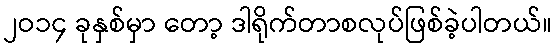
၂ဝ၁၄ ခုနှစ်မှာ တော့ ဒါရိုက်တာစလုပ်ဖြစ်ခဲ့ပါတယ်။